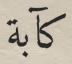
كآبة